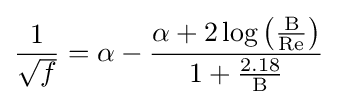
{\frac {1}{\sqrt {f}}}=\alpha -{\frac {\alpha +2\log \left({\frac {\mathrm {B} }{\mathrm {Re} }}\right)}{1+{\frac {2.18}{\mathrm {B} }}}}